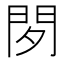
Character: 𰿚